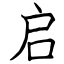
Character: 启